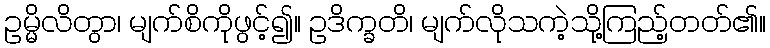
ဥမ္မိလိတွာ၊ မျက်စိကိုဖွင့်၍။ ဥဒိက္ခတိ၊ မျက်လိုသကဲ့သို့ကြည့်တတ်၏။